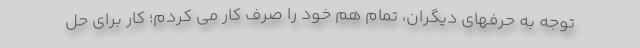
توجه به حرفهای دیگران، تمام هم خود را صرف کار می کردم؛ کار برای حل